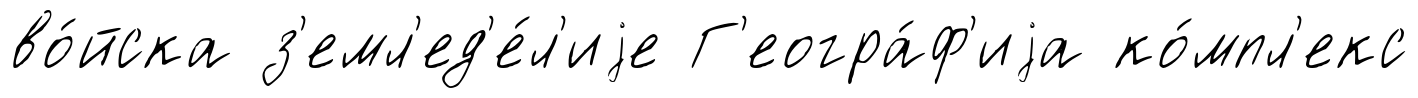
во́йска з'емл'ед'е́л'иjе Г'еогра́ф'иjа ко́мпл'екс